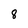
Character: 8